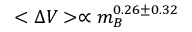
< \Delta V > \propto m _ { B } ^ { 0 . 2 6 \pm 0 . 3 2 }